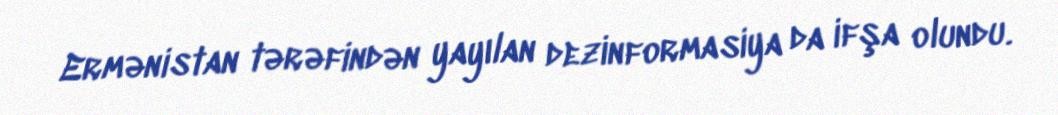
Ermənistan tərəfindən yayılan dezinformasiya da ifşa olundu.